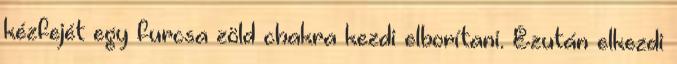
kézfejét egy furcsa zöld chakra kezdi elborítani. Ezután elkezdi